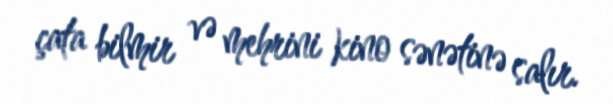
çata bilmir və mehrini kino sənətinə salır.